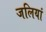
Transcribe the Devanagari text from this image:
जलियां